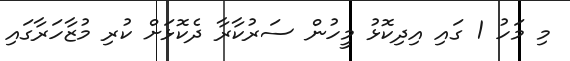
މި މަހު 1 ގައި އިދިކޮޅު މީހުން ސަރުކާރާ ދެކޮޅަށް ކުރި މުޒާހަރާގައި